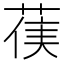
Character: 𮏻